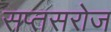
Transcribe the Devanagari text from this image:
सप्तसरोज